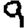
Digit: 9